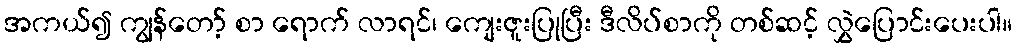
အကယ်၍ ကျွန်တော့် စာ ရောက် လာရင်၊ ကျေးဇူးပြုပြီး ဒီလိပ်စာကို တစ်ဆင့် လွှဲပြောင်းပေးပါ။